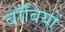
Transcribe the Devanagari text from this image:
बाँबियों